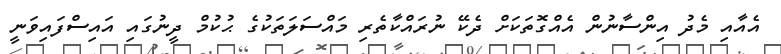
އެއާއި މެދު އިންސާނުން އެއްގޮތަކަށް ދެކޭ ނުރައްކާތެރި މައްސަލަތަކުގެ ޙުކުމް ދީނުގައި އައިސްފައިވަނީ